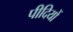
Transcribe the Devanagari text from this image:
पीदियों